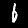
Digit: 6